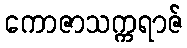
ကောဇာသက္ကရာဇ်